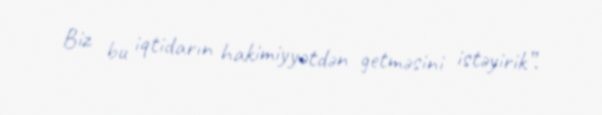
Biz bu iqtidarın hakimiyyətdən getməsini istəyirik”.